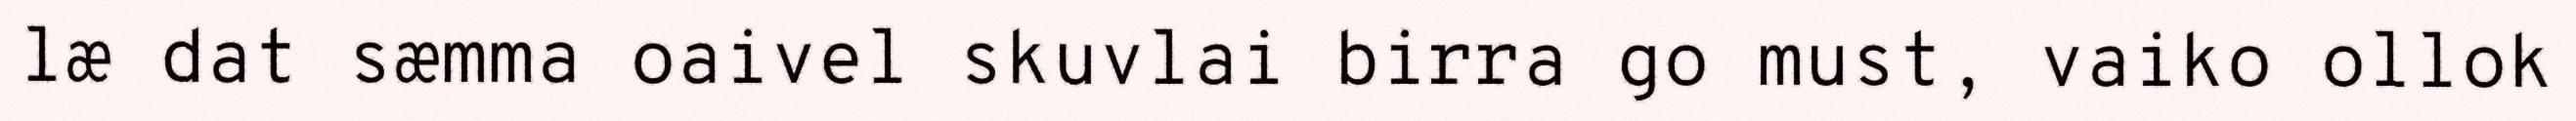
læ dat sæmma oaivel skuvlai birra go must, vaiko ollok